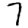
Digit: 7